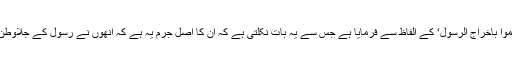
اس جرم کا ذکر ’وَھَمُّوْا بِاِخْرَاجِ الرَّسُوْلِ‘ کے الفاظ سے فرمایا ہے جس سے یہ بات نکلتی ہے کہ ان کا اصل جرم یہ ہے کہ انھوں نے رسولؐ کے جلاوطن کرنے کا ارادہ کیا۔